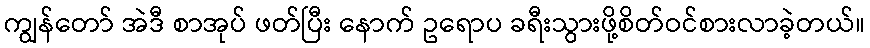
ကျွန်တော် အဲဒီ စာအုပ် ဖတ်ပြီး နောက် ဥရောပ ခရီးသွားဖို့စိတ်ဝင်စားလာခဲ့တယ်။